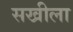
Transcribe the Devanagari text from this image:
सखीला